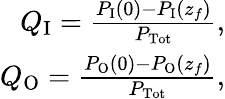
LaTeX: \begin{array}{r}{Q_{\mathrm{I}}=\frac{P_{\mathrm{I}}(0)-P_{\mathrm{I}}(z_{f})}{P_{\mathrm{Tot}}},}\\ {Q_{\mathrm{O}}=\frac{P_{\mathrm{O}}(0)-P_{\mathrm{O}}(z_{f})}{P_{\mathrm{Tot}}},}\end{array}